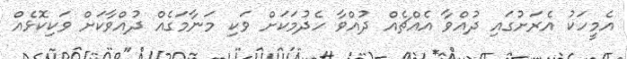
އެމީހަކު އެރަށުގައި ދުއްވާ އެއްޗެއް ދުއްވާ ހެދުމަކަށް ވަކި މަނާމަގެއް ދުއްވާކަށް ވަކިކޮޅެއް